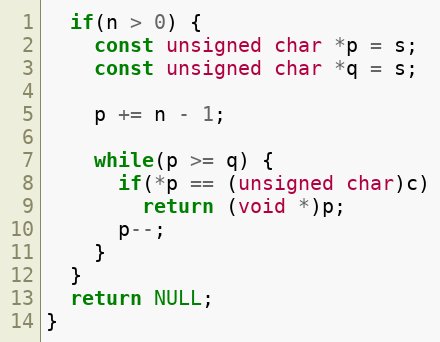
Language: C
  if(n > 0) {
    const unsigned char *p = s;
    const unsigned char *q = s;

    p += n - 1;

    while(p >= q) {
      if(*p == (unsigned char)c)
        return (void *)p;
      p--;
    }
  }
  return NULL;
}